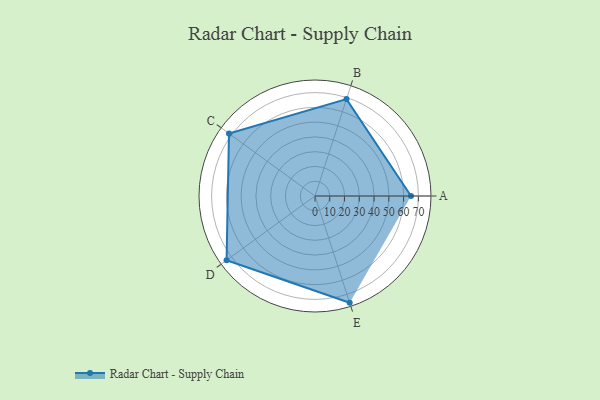
{"axis": {"x": "Skill", "y": "Score"}, "legend": ["Profile"], "data": [{"x": "A", "y": 65.0, "type": "Profile"}, {"x": "B", "y": 69.0, "type": "Profile"}, {"x": "C", "y": 72.0, "type": "Profile"}, {"x": "D", "y": 74.0, "type": "Profile"}, {"x": "E", "y": 76.0, "type": "Profile"}]}